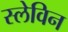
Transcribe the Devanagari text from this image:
स्लेविन